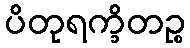
ပိတုရက္ခိတဉ္စ